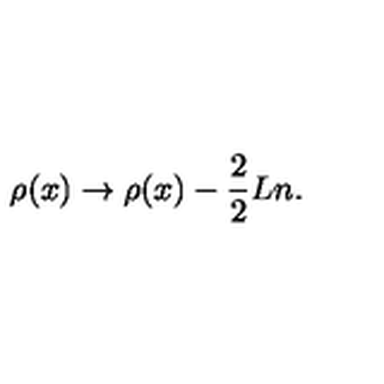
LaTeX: { \rho ( x ) } \rightarrow { \rho ( x ) } - \frac { 2 } { 2 } { L } n .